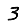
Digit: 3